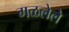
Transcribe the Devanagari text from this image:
गळलेले